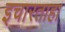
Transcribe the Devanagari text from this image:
इचारताहा